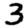
Digit: 3